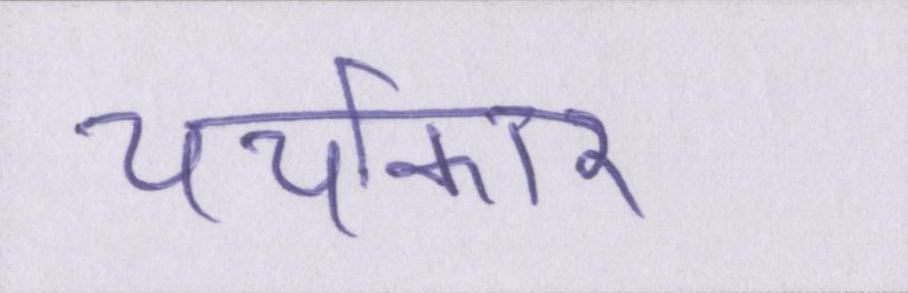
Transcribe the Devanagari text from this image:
चर्चाकार